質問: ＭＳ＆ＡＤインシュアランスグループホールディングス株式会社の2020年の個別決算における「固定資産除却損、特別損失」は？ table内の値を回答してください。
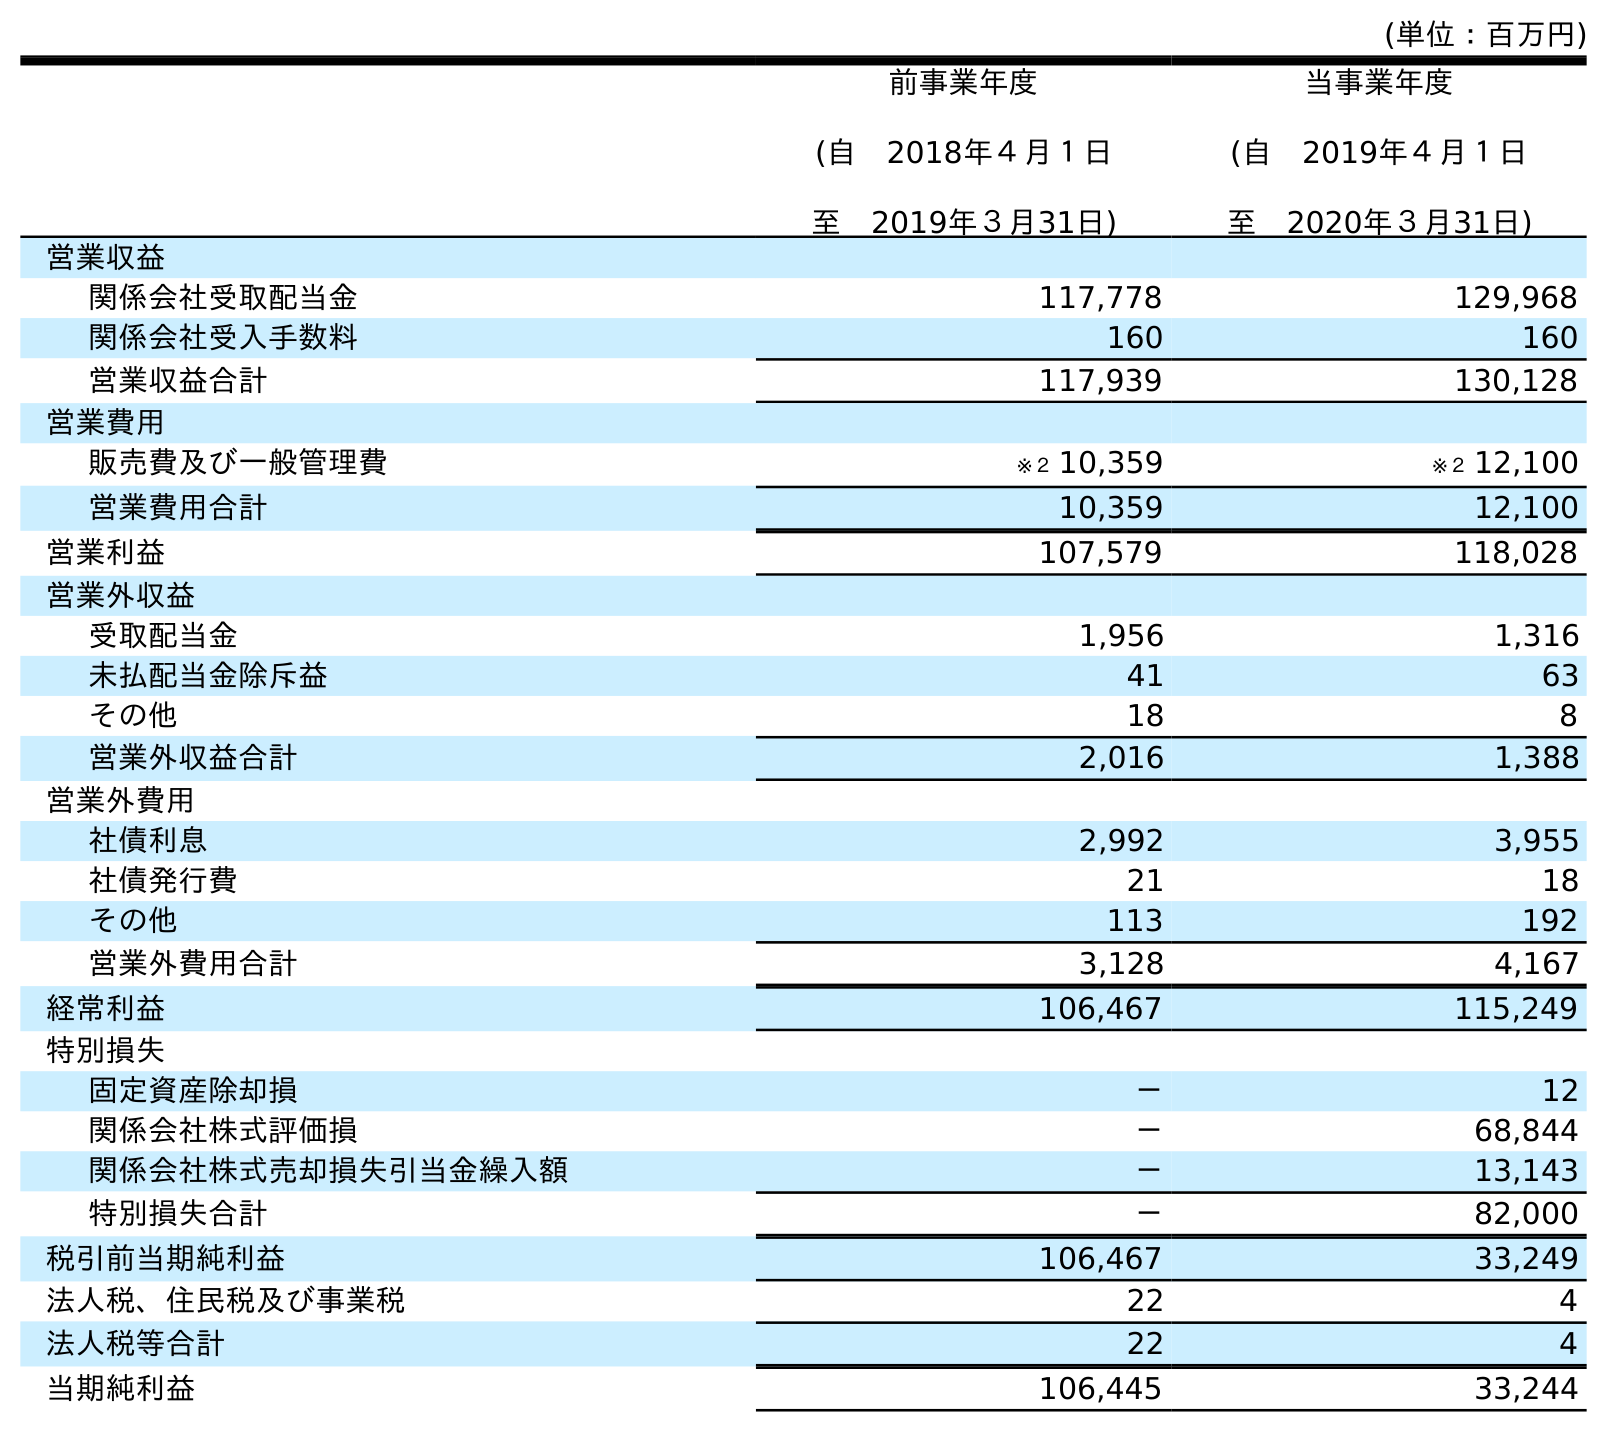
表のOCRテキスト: (単位：百万円) 前事業年度 (自 2018年４月１日 至 2019年３月31日) 当事業年度 (自 2019年４月１日 至 2020年３月31日) 営業収益 関係会社受取配当金 117,778 129,968 関係会社受入手数料 160 160 営業収益合計 117,939 130,128 営業費用 販売費及び一般管理費 ※２ 10,359 ※２ 12,100 営業費用合計 10,359 12,100 営業利益 107,579 118,028 営業外収益 受取配当金 1,956 1,316 未払配当金除斥益 41 63 その他 18 8 営業外収益合計 2,016 1,388 営業外費用 社債利息 2,992 3,955 社債発行費 21 18 その他 113 192 営業外費用合計 3,128 4,167 経常利益 106,467 115,249 特別損失 固定資産除却損 － 12 関係会社株式評価損 － 68,844 関係会社株式売却損失引当金繰入額 － 13,143 特別損失合計 － 82,000 税引前当期純利益 106,467 33,249 法人税、住民税及び事業税 22 4 法人税等合計 22 4 当期純利益 106,445 33,244
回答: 12